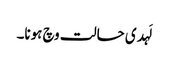
لَہدی حالت وچ ہونا۔